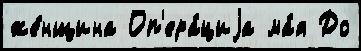
же́нщина Оп'ера́циjа ма́я До